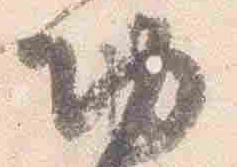
切